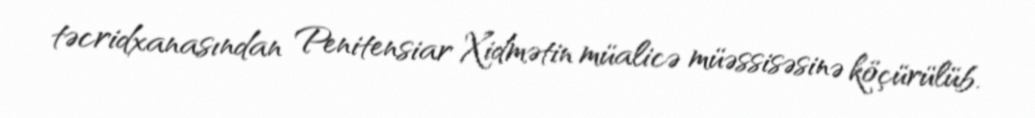
təcridxanasından Penitensiar Xidmətin müalicə müəssisəsinə köçürülüb.